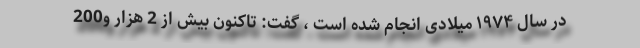
در سال ۱۹۷۴ میلادی انجام شده است ، گفت: تاکنون بیش از 2 هزار و200